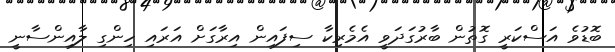
ބޮޑުވެ އަސްކަރީ ގޮތުން ބާރުގަދަވީ އެމެރިކާ ސިފައިން އިރާގަށް އަރައި ހިންގި ލާއިންސާނީ